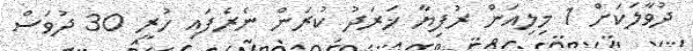
ދުވާލަކަށް 1 މިލިއަން ރުފިޔާ ޚަރަދު ކުރަން ނެރެފައި ހުރީ 30 ދުވަސް